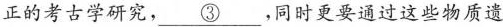
正的考古学研究，\underline{③}，同时更要通过这些物质遗